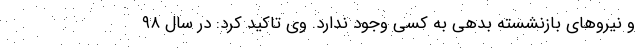
و نیروهای بازنشسته بدهی به کسی وجود ندارد. وی تاکید کرد: در سال ۹۸